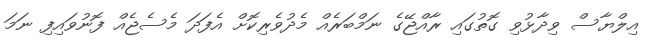
އިލްޔާސް ވިދާޅުވި ގޮތުގައި ރާއްޖޭގެ ނަމްބަރެއް މެދުވެރިކޮށް އެފަދަ މެސެޖެއް ފޮނުވައިފި ނަމަ